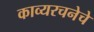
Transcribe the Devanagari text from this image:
काव्यरचनेचे